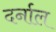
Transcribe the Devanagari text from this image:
दर्नाल